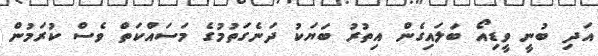
އަދި ބުނީ ވީޑިއޯ ބަލައިގެން އިތުރު ބަޔަކު ދަނެގަތުމުގެ މަސައްކަތް ވެސް ކުރަމުން